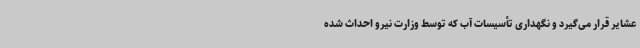
عشایر قرار می‌گیرد و نگهداری تأسیسات آب که توسط وزارت نیرو احداث شده